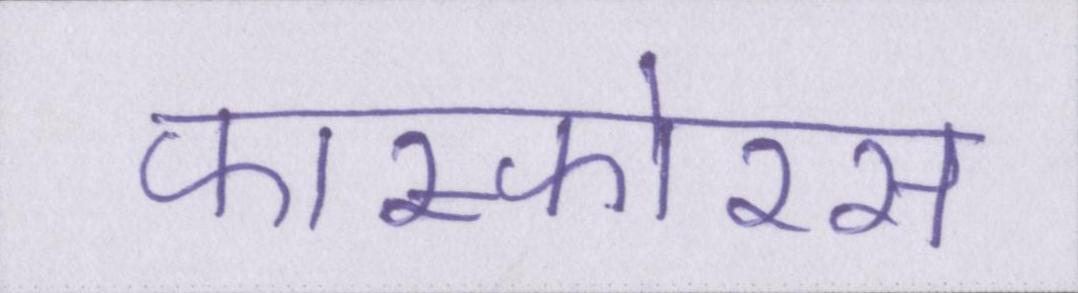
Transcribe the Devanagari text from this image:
फास्फोरस